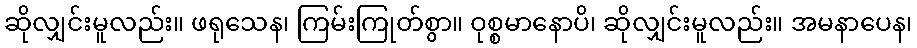
ဆိုလျှင်းမူလည်း။ ဖရုသေန၊ ကြမ်းကြုတ်စွာ။ ဝုစ္စမာနောပိ၊ ဆိုလျှင်းမူလည်း။ အမနာပေန၊